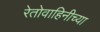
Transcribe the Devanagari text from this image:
रेतोवाहिनीच्या